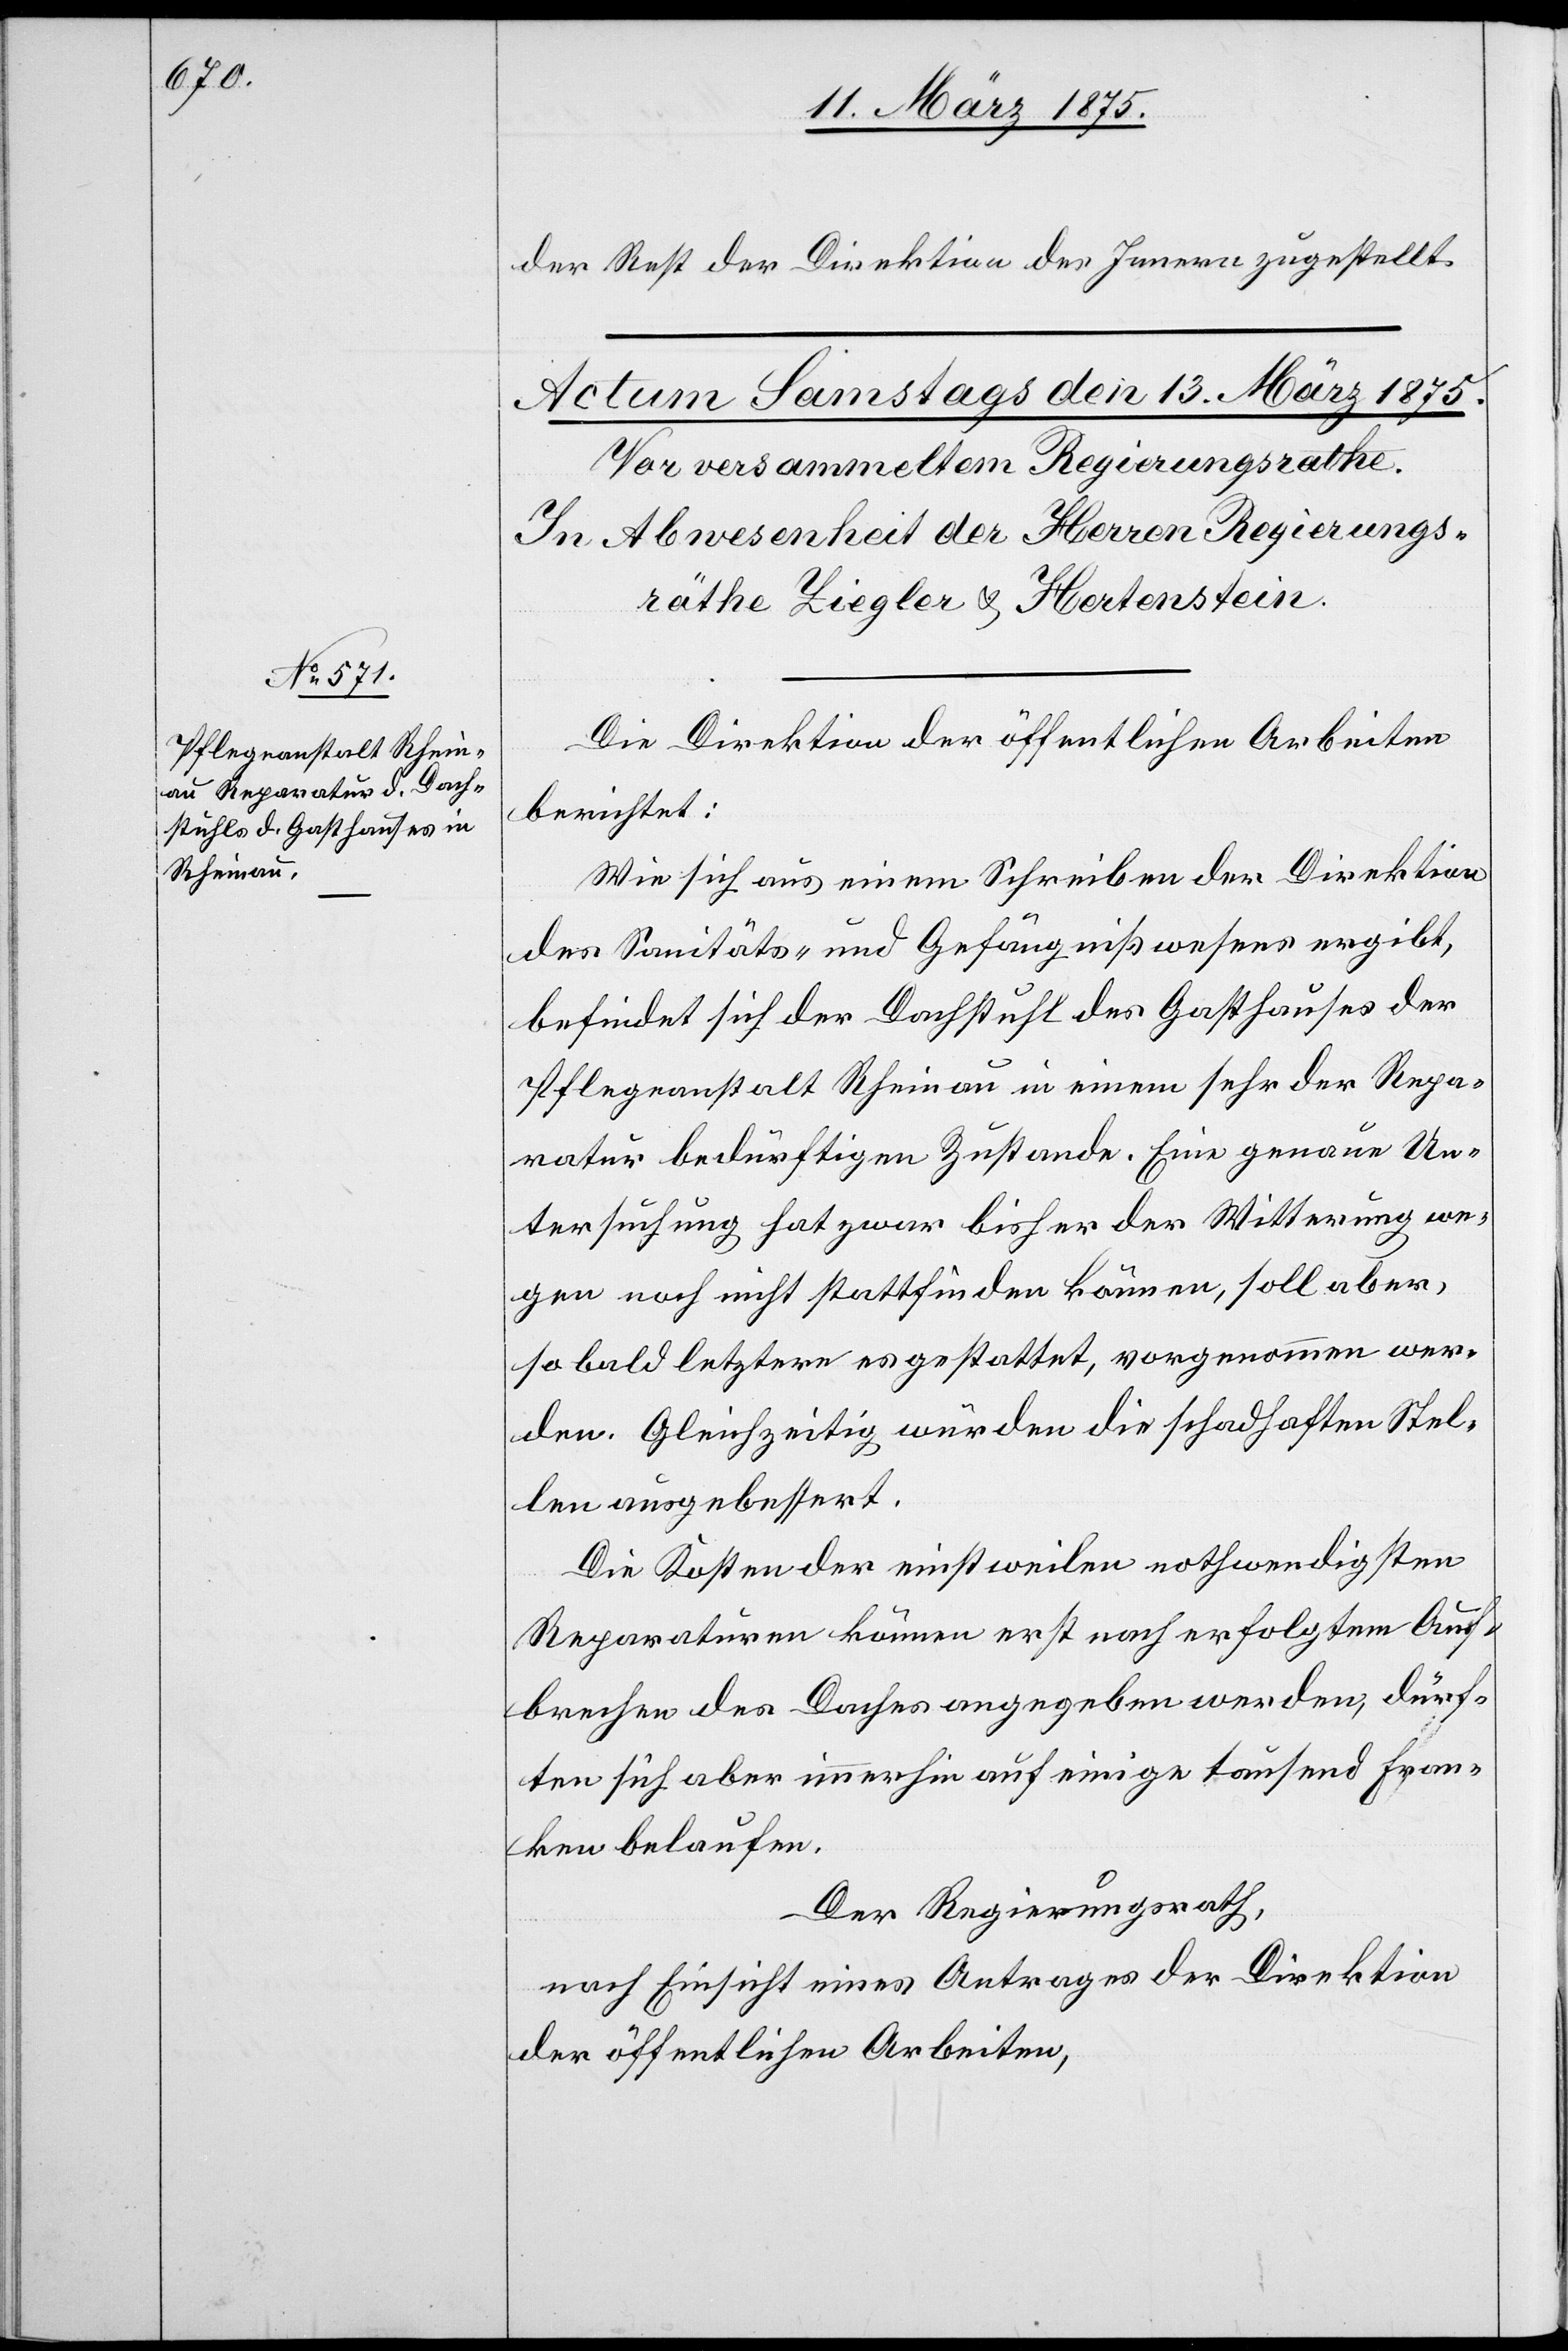
der Rest der Direktion des Innern zugestellt.
Die Direktion der öffentlichen Arbeiten
berichtet:
Wie sich aus einem Schreiben der Direktion
des Sanitäts- & und Gefängnißwesens ergibt,
befindet sich der Dachstuhl des Gasthauses der
Pflegeanstalt Rheinau in einem sehr der Repa¬
ratur bedürftigen Zustand. Eine genaue Un¬
tersuchung hat zwar bisher der Witterung we¬
gen noch nicht stattfinden können, soll aber,
so bald letztere es gestattet, vorgenommen wer¬
den. Gleichzeitig würden die schadhaften Stel¬
len ausgebessert.
Die Kosten der einstweilen nothwendigsten
Reparaturen können erst nach erfolgtem Auf¬
brechen des Daches angegeben werden, dürf¬
ten sich aber immerhin auf einige tausend Fran¬
ken belaufen.
Der Regierungsrath,
nach Einsicht eines Antrages der Direktion
der öffentlichen Arbeiten,